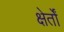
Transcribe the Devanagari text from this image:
क्षेर्तों